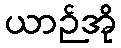
ယာဉ်အို